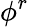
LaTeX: \phi^{r}